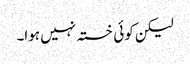
لیکن کوئی خستہ نہیں ہوا۔